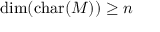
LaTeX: \dim ( \operatorname { c h a r } ( M ) ) \geq n